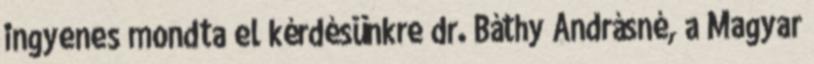
ingyenes mondta el kérdésünkre dr. Báthy Andrásné, a Magyar